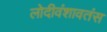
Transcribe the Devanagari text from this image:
लोदीवंशावतंस